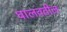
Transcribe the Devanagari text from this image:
घालवतील